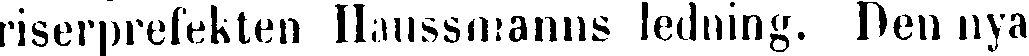
riserprefekten Haussmanns ledning. Den nya